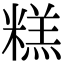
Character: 糕